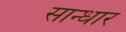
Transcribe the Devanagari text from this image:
सान्धार